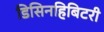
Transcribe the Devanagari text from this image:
डिसिनहिबिटरी